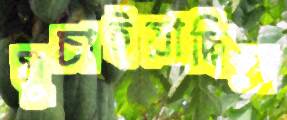
ঘুচাইয়াছিল